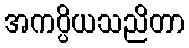
အကပ္ပိယသညိတာ